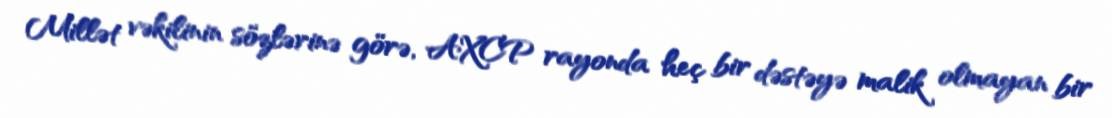
Millət vəkilinin sözlərinə görə, AXCP rayonda heç bir dəstəyə malik olmayan bir